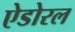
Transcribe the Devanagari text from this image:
ऐडोरल